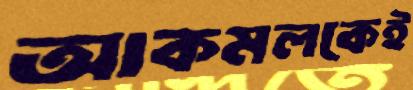
আকমলকেই